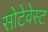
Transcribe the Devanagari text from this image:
सोटेवेस्ट